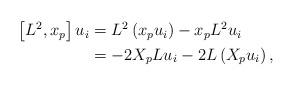
LaTeX: \begin{align*}\begin{aligned}\left[ {{L^2},{x_p}} \right]{u_i} &= {L^2}\left( {{x_p}{u_i}}\right) - {x_p}{L^2}{u_i} \\&= - 2{X_p}L{u_i} - 2L\left( {{X_p}{u_i}} \right),\end{aligned}\end{align*}